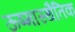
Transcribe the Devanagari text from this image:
ऊष्मास्थैतिक